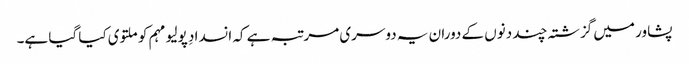
پشاور میں گزشتہ چند دنوں کے دوران یہ دوسری مرتبہ ہے کہ انسدادِ پولیو مہم کو ملتوی کیا گیا ہے۔